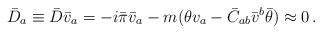
LaTeX: \begin{align*}\bar D_a \equiv \bar D \bar v_a= -i\bar \pi\bar v_a -m(\theta v_a -\bar C_{ab}\bar v^b\bar\theta ) \approx 0 \, .\end{align*}